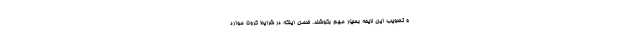
و تصویب این لایحه بسیار مهم بکوشند. ضمن اینکه در شرایط کرونا موارد